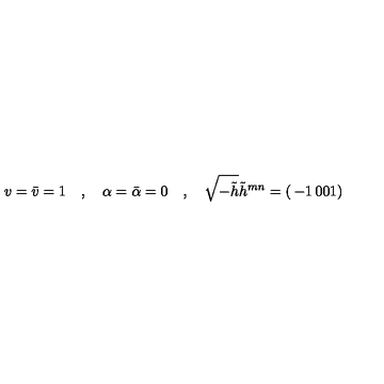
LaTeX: v = \bar { v } = 1 \quad , \quad \alpha = \bar { \alpha } = 0 \quad , \quad \sqrt { - \tilde { h } } \tilde { h } ^ { m n } = \left( \begin{matrix} { - 1 } & { 0 } \\ { 0 } & { 1 } \\ \end{matrix} \right)